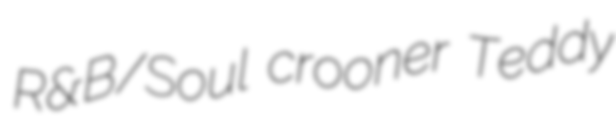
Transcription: R&B/Soul crooner Teddy